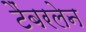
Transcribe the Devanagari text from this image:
टैंबरलेन